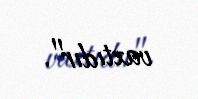
vaxtıdır".